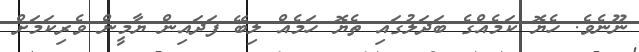
ނޫނެވެ. ހެޔޮ ކަމެއްގެ ބަދަލުގައި ތެޔޮ ހަމެއް ލިބޭ ފަދައިން ޔާމީން ވެރިކަމަށް